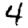
Digit: 4